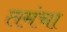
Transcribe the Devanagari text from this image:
तमंचा